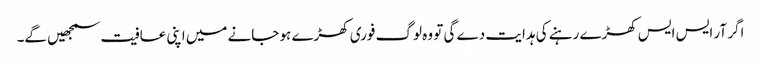
اگر آر ایس ایس کھڑے رہنے کی ہدایت دے گی تو وہ لوگ فوری کھڑے ہو جانے میں اپنی عافیت سمجھیں گے۔